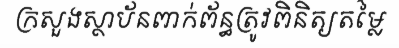
ក្រសួងស្ថាប័នពាក់ព័ន្ធត្រូវពិនិត្យតម្លៃ